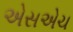
એસએચ